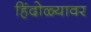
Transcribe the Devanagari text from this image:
हिंदोळ्यावर